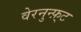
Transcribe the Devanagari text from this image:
वेरनुन्फ़्ट